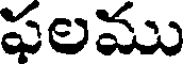
పలము